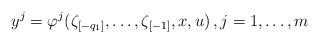
LaTeX: \begin{align*}y^{j}=\varphi^{j}(\zeta_{[-q_{1}]},\dots,\zeta_{[-1]},x,u)\,,j=1,\ldots,m\end{align*}